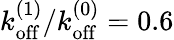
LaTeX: k_{\mathrm{off}}^{(1)}/k_{\mathrm{off}}^{(0)}=0.6